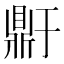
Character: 𬹥